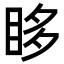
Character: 眵